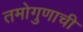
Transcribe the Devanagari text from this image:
तमोगुणाची